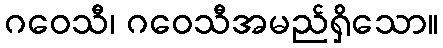
ဂဝေသီ၊ ဂဝေသီအမည်ရှိသော။